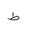
Letter: _da